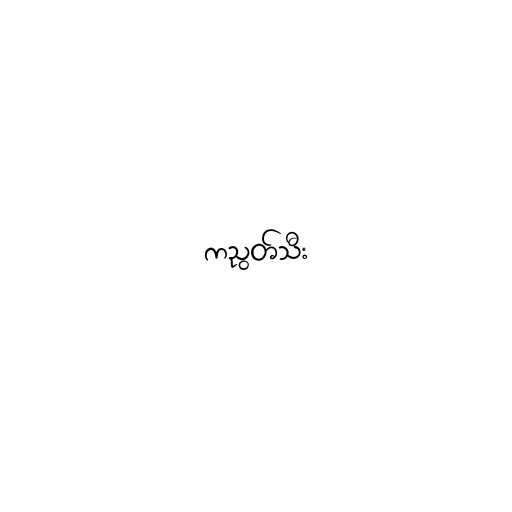
ကညွတ်သီး